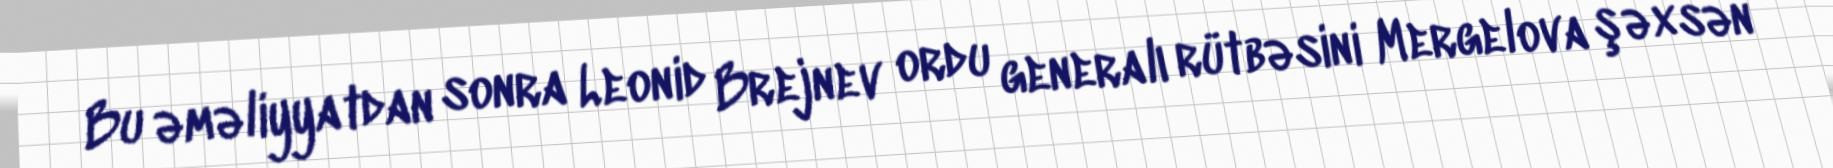
Bu əməliyyatdan sonra Leonid Brejnev ordu generalı rütbəsini Mergelova şəxsən